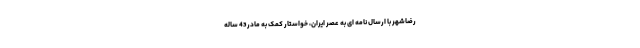
رضاشهر با ارسال نامه ای به عصر ایران، خواستار کمک به مادر 43 ساله